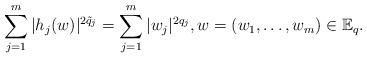
LaTeX: \begin{align*}\sum_{j=1}^m|h_j(w)|^{2\tilde q_j}=\sum_{j=1}^m|w_j|^{2q_j},w=(w_1,\dots,w_m)\in\mathbb E_q.\end{align*}